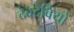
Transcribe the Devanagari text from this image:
देवदेवियों